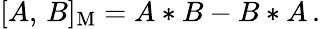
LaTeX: [A,\, B]_{\mathrm{M}}=A*B-B*A\, .